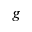
g